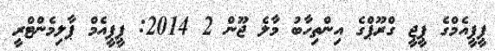
ޕީީޕީއެމްގެ ޕީޖީ ގްރޫޕްގެ އިންތިހާބު މާލެ ޖޫން 2 2014: ޕީޕީއެމް ޕާލިމެންޓްރީ